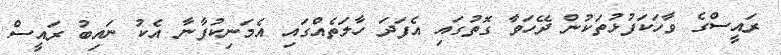
ރައީސްގެ ވާހަކަފުޅުތަކުން ދޭހަވާ ގޮތުގައި އެފަދަ ހާލަތެއްގައި އެމަނިކުފާނާ އެކު ނައިބު ރައީސް